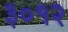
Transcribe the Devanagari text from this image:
३०१२